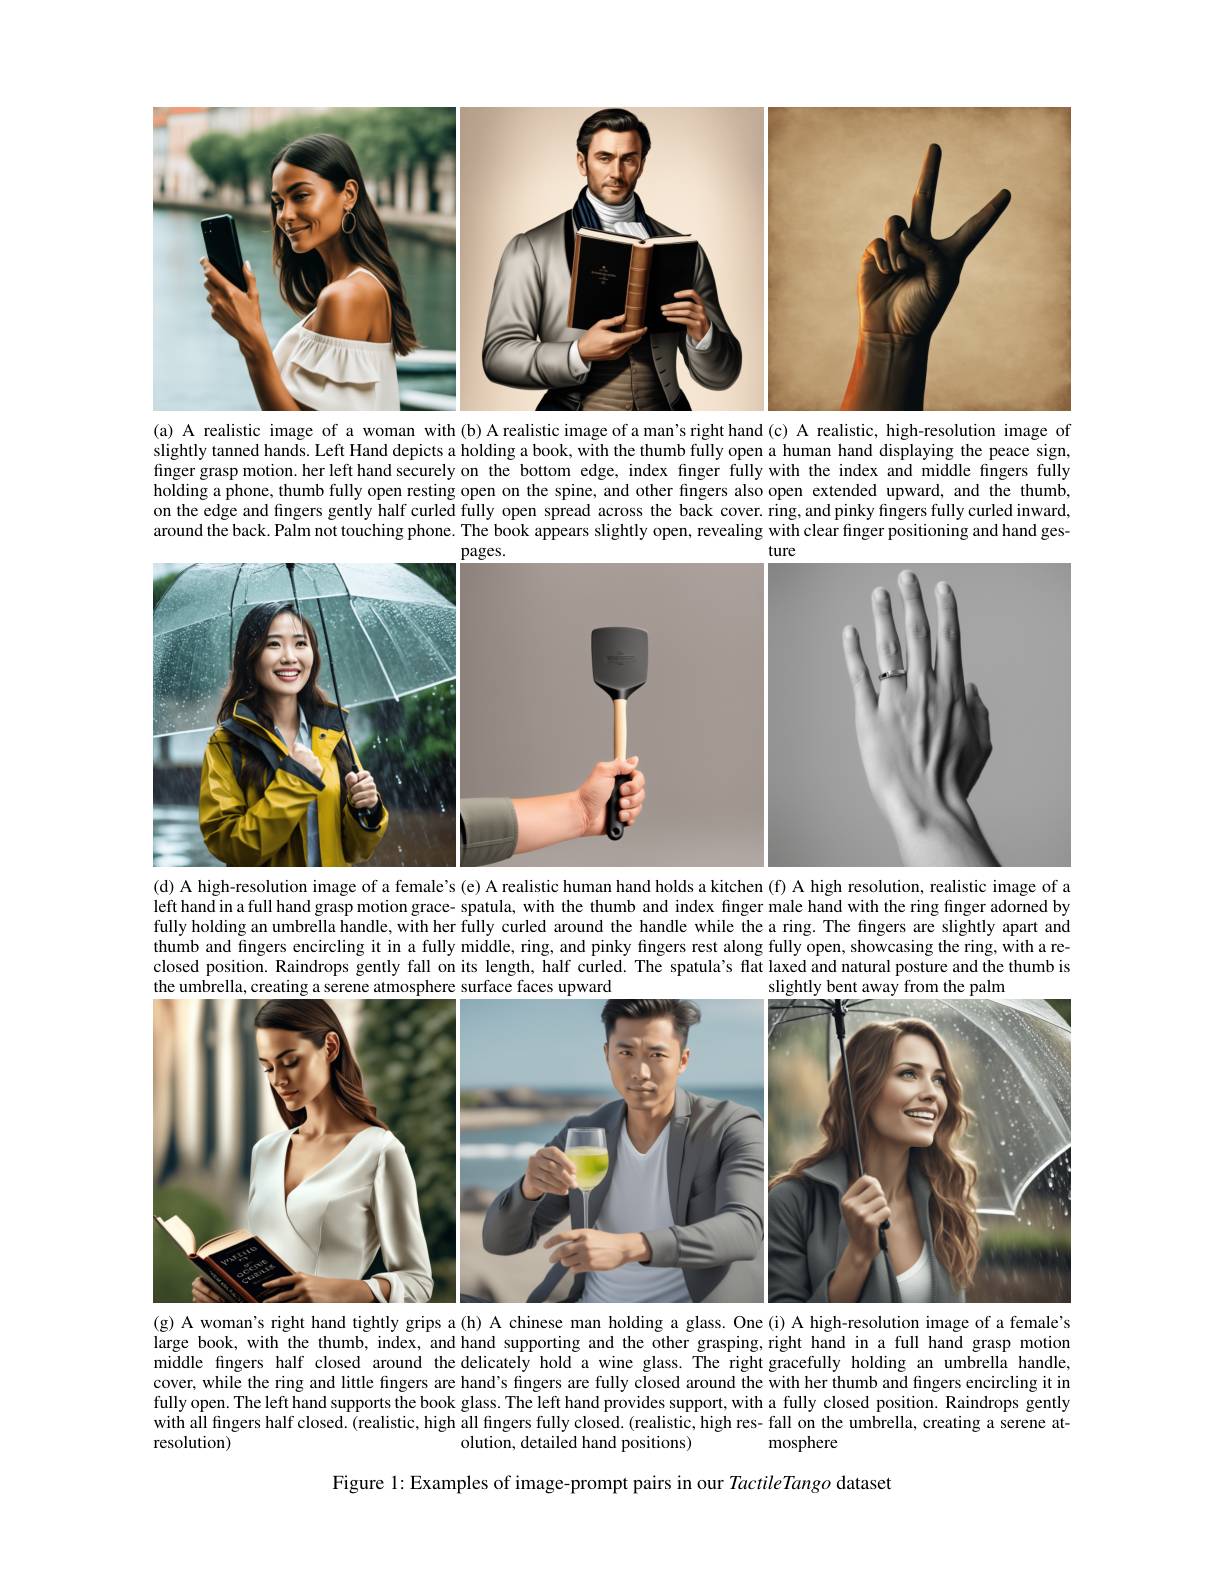
<FigureHere>
(a) A realistic image of a woman with (b) A realistic image of a man's right hand (c) A realistic, high-resolution image of

slightly tanned hands. Left Hand depicts a holding a book, with the thumb fully open a human hand displaying the peace sign, finger grasp motion. her left hand securely on the bottom edge, index finger fully with the index and middle fingers fully holding a phone, thumb fully open resting open on the spine, and other fingers also open extended upward, and the thumb, on the edge and fingers gently half curled fully open spread across the back cover. ring, and pinky fingers fully curled inward, around the back. Palm not touching phone. The book appears slightly open, revealing with clear finger positioning and hand ges-
<FigureHere>

(d) A high-resolution image of a female’s (e) A realistic human hand holds a kitchen (f) A high resolution, realistic image of a

left hand in a full hand grasp motion grace- spatula, with the thumb and index finger male hand with the ring finger adorned by fully holding an umbrella handle, with her fully curled around the handle while the a ring. The fingers are slightly apart and thumb and fingers encircling it in a fully middle, ring, and pinky fingers rest along fully open, showcasing the ring, with a reclosed position. Raindrops gently fall on its length, half curled. The spatula's flat laxed and natural posture and the thumb is

<FigureHere>

(g) A woman's right hand tightly grips a(h) A chinese man holding a glass. One (i) A high-resolution image of a female's large book, with the thumb, index, and hand supporting and the other grasping,right hand in a full hand grasp motion middle fingers half closed around the delicately hold a wine glass. The right gracefully holding an umbrella handle, cover, while the ring and little fingers are hand's fingers are fully closed around the with her thumb and fingers encircling it in fully open. The left hand supports the book glass. The left hand provides support, with a fully closed position. Raindrops gently with all fingers half closed. (realistic, high all fingers fully closed. (realistic, high res- fall on the umbrella, creating a serene atresolution)
olution, detailed hand positions)
mosphere

Figure 1: Examples of image-prompt pairs in our TactileTango dataset